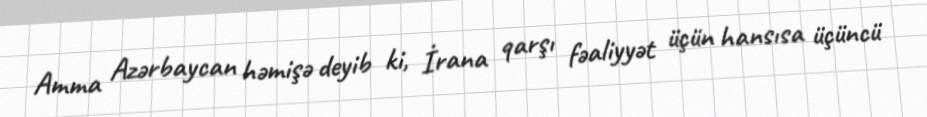
Amma Azərbaycan həmişə deyib ki, İrana qarşı fəaliyyət üçün hansısa üçüncü